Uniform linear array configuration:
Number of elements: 64
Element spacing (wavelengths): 1
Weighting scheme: cosine
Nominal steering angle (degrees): -15
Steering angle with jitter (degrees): -15.515
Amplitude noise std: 0.05
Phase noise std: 0.05

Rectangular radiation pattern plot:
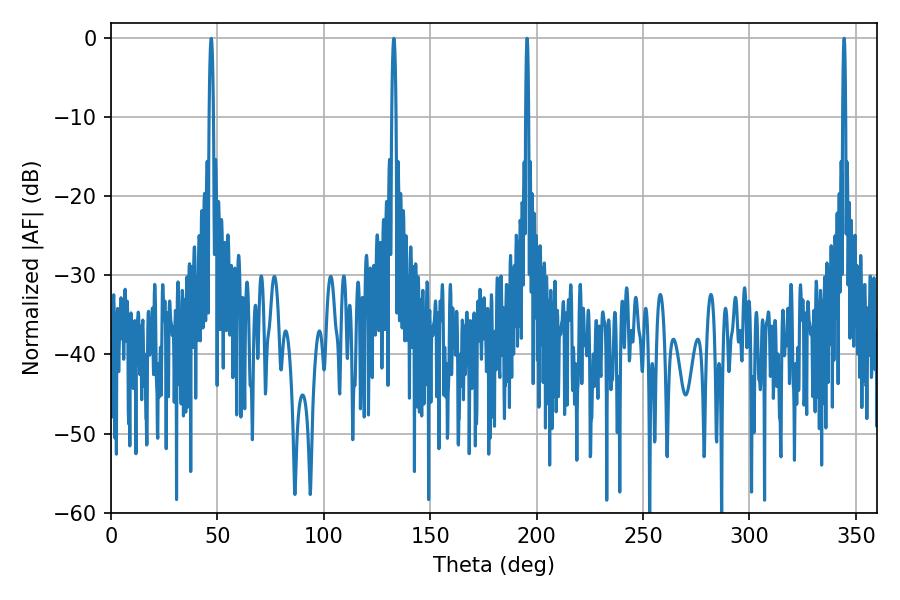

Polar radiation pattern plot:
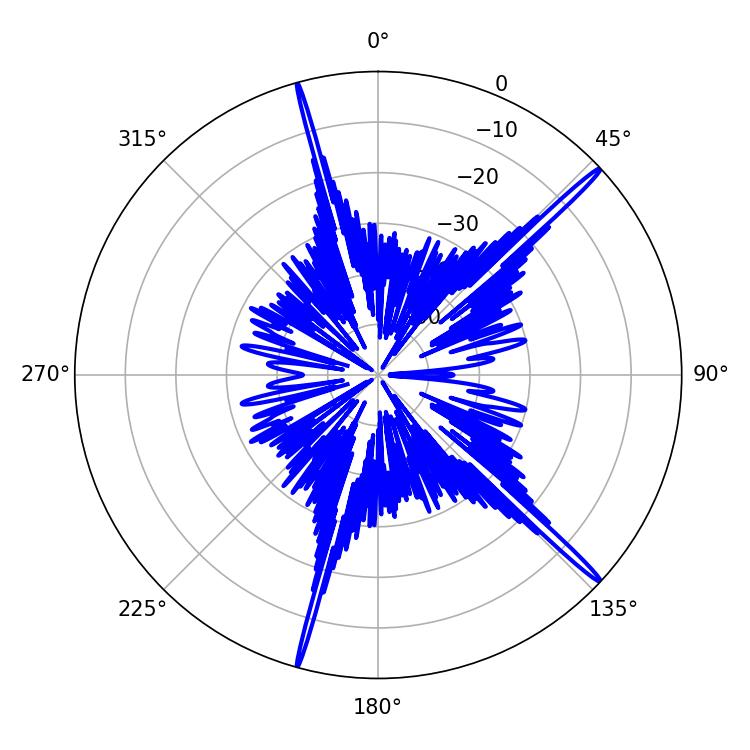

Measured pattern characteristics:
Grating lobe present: TRUE
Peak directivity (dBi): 18.984
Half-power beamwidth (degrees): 0.72
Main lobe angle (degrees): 344.52